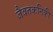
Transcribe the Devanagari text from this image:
जैवतकनिकी